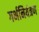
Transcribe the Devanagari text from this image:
गर्भनियंत्रण